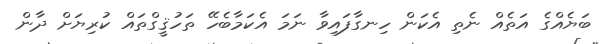
ބަޔެއްގެ އަތެއް ނެތި އެކަން ހިނގާފައިވާ ނަމަ އެކަމާބެހޭ ތަހުޤީގްތައް ކުރިޔަށް ދާން